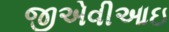
જીએવીઆઇ